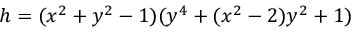
h = ( x ^ { 2 } + y ^ { 2 } - 1 ) ( y ^ { 4 } + ( x ^ { 2 } - 2 ) y ^ { 2 } + 1 )